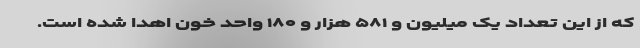
که از این تعداد یک میلیون و ۵۸۱ هزار و ۱۸۰ واحد خون اهدا شده است.